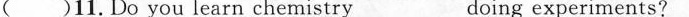
( )11.Do you learn chemistry_doing experiments?